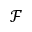
\mathcal { F }